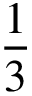
\frac 1 3